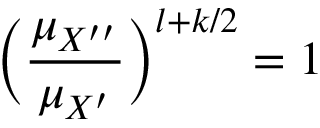
\Big ( \frac { \mu _ { X ^ { \prime \prime } } } { \mu _ { X ^ { \prime } } } \Big ) ^ { l + k / 2 } = 1